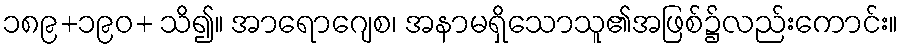
၁၈၉+၁၉၀+ သိ၍။ အာရောဂျေစ၊ အနာမရှိသောသူ၏အဖြစ်၌လည်းကောင်း။